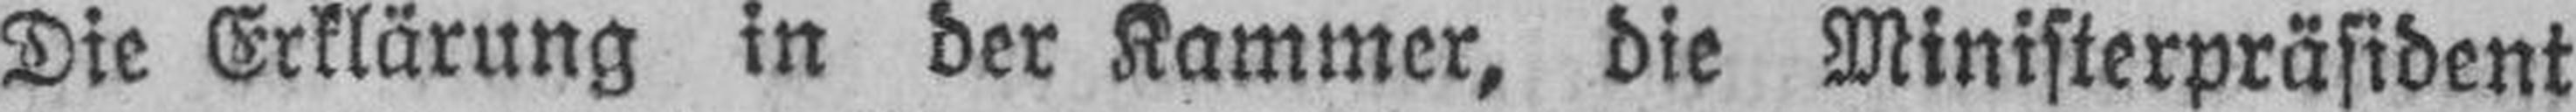
Die Erklärung in der Kammer, die Ministerpräsident